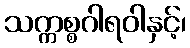
သက္ကစ္စဂါရဝါနှင့်၊